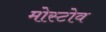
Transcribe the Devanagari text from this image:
मोस्टोव